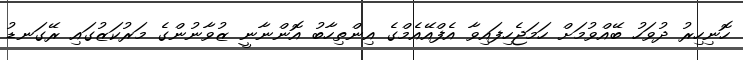
ހޮނިހިރު ދުވަހު ބޭއްވުމަށް ހަމަޖެހިފައިވާ އެފްއޭއެމްގެ އިންތިހާބު އޮންނާނީ ޒުވާނުންގެ މަރުކަޒުގައި ރޭގަނޑު